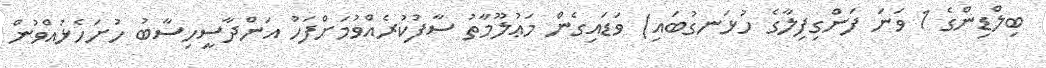
ބިލްޑިންގެ 1 ވަނަ ފަންގިފިލާގެ ހުޅަނގުބައި) ވަޑައިގެން މަޢުލޫމާތު ސާފުކުރެއްވުމަށްފަހު އަންދާސީހިސާބު ހުށަހެޅުއްވުން